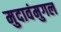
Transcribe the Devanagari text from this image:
मुदावंमुगल